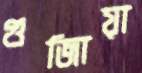
গুজিায়া